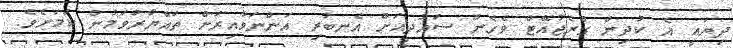
ދިޔައީ އެ ކުދިން ގްރެޖުއޭޓް ވެގެން ސައުދީއަށް އެނބުރި އަންނަވާއިރަށް ތައްޔާރުވަމުން ކަމަށެވެ.